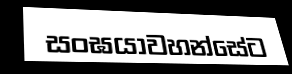
සංඝයාවහන්සේට